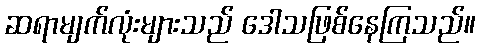
ဆရာမျက်လုံးများသည် ဒေါသဖြစ်နေကြသည်။